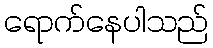
ရောက်နေပါသည်